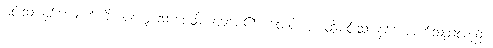
မင်းသားနှစ်ယောက်ကို။ ပက္ကောသာပေသိ၊ ခေါ်စေ၏။ တေပိ စ၊ ထိုမင်းသားနှစ်ယောက်သည်လည်း။